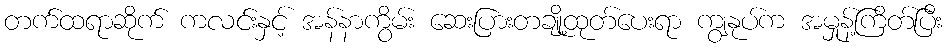
တက်ထရာဆိုက် ကလင်းနှင့် အန်နာကွိမ်း ဆေးပြားတချို့ထုတ်ပေးရာ ကျွနုပ်က အမှုန့်ကြိတ်ပြီး